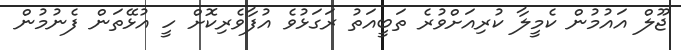
ޖޫލް އައުމުން ކެމީލާ ކުރިއަށްވުރެ ތަބީއަތު ރަގަޅުވެ އުފާވެރިކޮށް ހީ އުޅޭތަން ފެނުމުން